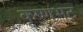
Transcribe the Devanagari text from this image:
कृष्णभट